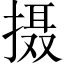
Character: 摄